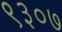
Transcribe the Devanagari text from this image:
९३०७